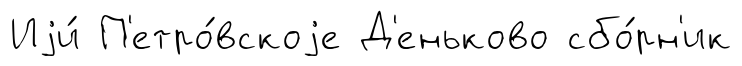
Иjи́ П'етро́вскоjе Д'еньково сбо́рн'ик